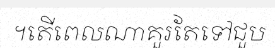
។តើពេលណាគួរតែទៅជួប